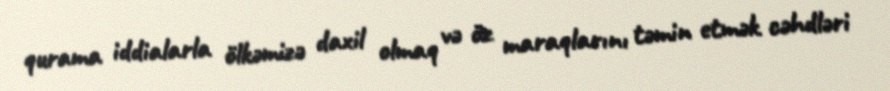
qurama iddialarla ölkəmizə daxil olmaq və öz maraqlarını təmin etmək cəhdləri